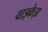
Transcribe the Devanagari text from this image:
वाझ्केझ